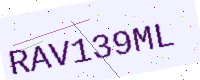
Text: RAV139ML